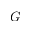
\boldsymbol { G }